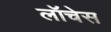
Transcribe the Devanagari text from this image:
लॉचेस